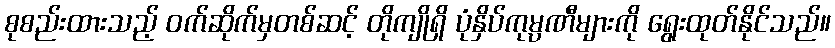
စုစည်းထားသည့် ဝက်ဆိုက်မှတစ်ဆင့် တိုကျိုရှိ ပုံနှိပ်ကုမ္ပဏီများကို ရွေးထုတ်နိုင်သည်။